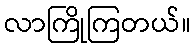
လာကြိုကြတယ်။